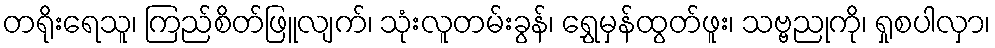
တရိုးရေသူ၊ ကြည်စိတ်ဖြူလျက်၊ သုံးလူတမ်းခွန်၊ ရွှေမှန်ထွတ်ဖူး၊ သဗ္ဗညုကို၊ ရှုစပါလှာ၊